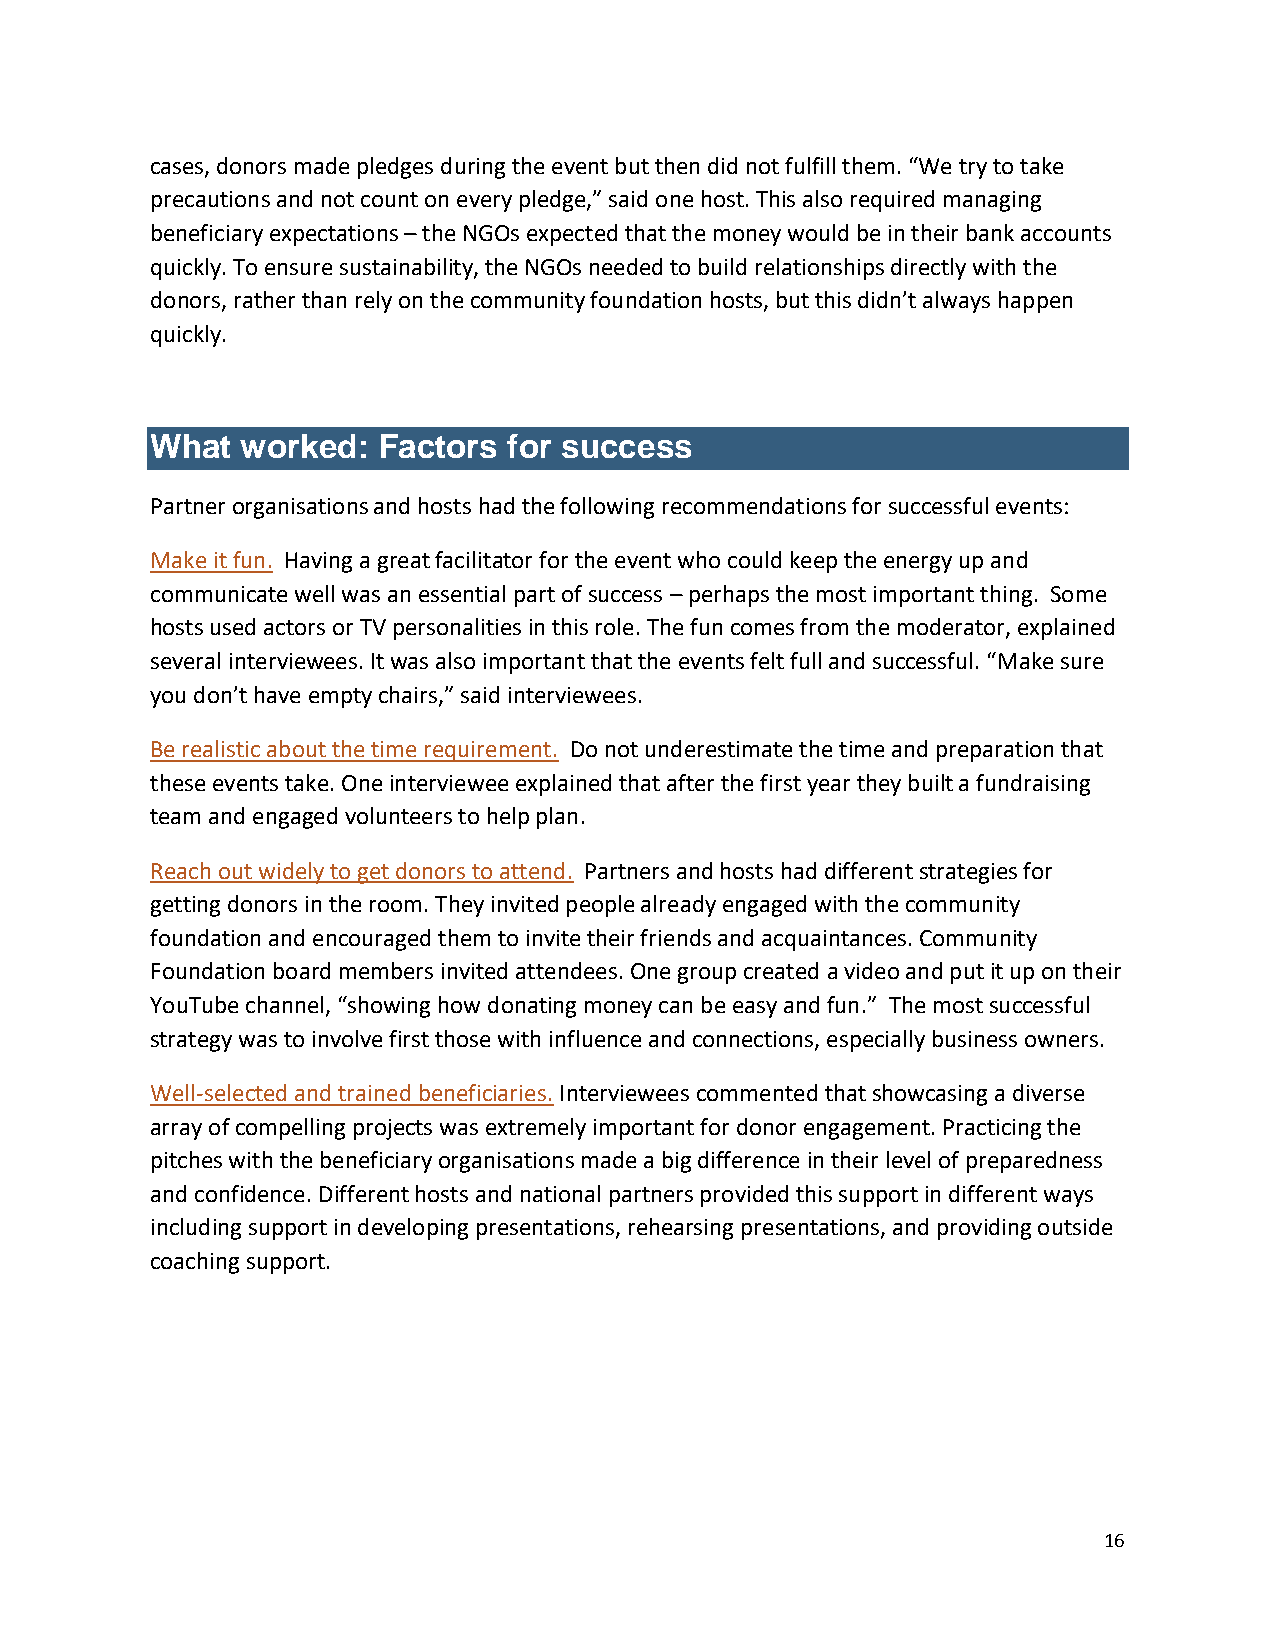
cases, donors made pledges during the event but then did not fulfill them. “We try to take
 precautions and not count on every pledge,” said one host. This also required managing
 beneficiary expectations – the NGOs expected that the money would be in their bank accounts
 quickly. To ensure sustainability, the NGOs needed to build relationships directly with the
 donors, rather than rely on the community foundation hosts, but this didn’t always happen
 quickly.
 What  worked:  Factors  for success
 Partner organisations and hosts had the following recommendations for successful events:
 Make it fun. Having a great facilitator for the event who could keep the energy up and
 communicate well was an essential part of success – perhaps the most important thing. Some
 hosts used actors or TV personalities in this role. The fun comes from the moderator, explained
 several interviewees. It was also important that the events felt full and successful. “Make sure
 you don’t have empty chairs,” said interviewees.
 Be realistic about the time requirement. Do not underestimate the time and preparation that
 these events take. One interviewee explained that after the first year they built a fundraising
 team and engaged volunteers to help plan.
 Reach out widely to get donors to attend. Partners and hosts had different strategies for
 getting donors in the room. They invited people already engaged with the community
 foundation and encouraged them to invite their friends and acquaintances. Community
 Foundation board members invited attendees. One group created a video and put it up on their
 YouTube channel, “showing how donating money can be easy and fun.” The most successful
 strategy was to involve first those with influence and connections, especially business owners.
 Well-selected and trained beneficiaries. Interviewees commented that showcasing a diverse
 array of compelling projects was extremely important for donor engagement. Practicing the
 pitches with the beneficiary organisations made a big difference in their level of preparedness
 and confidence. Different hosts and national partners provided this support in different ways
 including support in developing presentations, rehearsing presentations, and providing outside
 coaching support.
 16